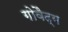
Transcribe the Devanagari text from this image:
गोवैद्य